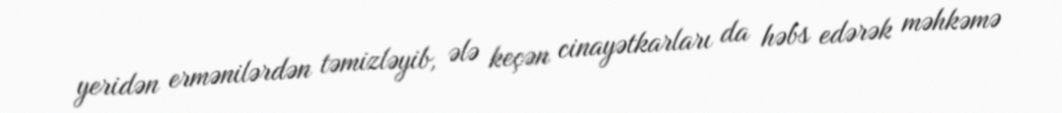
yeridən ermənilərdən təmizləyib, ələ keçən cinayətkarları da həbs edərək məhkəmə